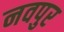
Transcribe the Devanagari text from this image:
नवपुर